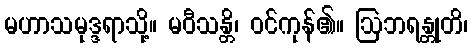
မဟာသမုဒ္ဒရာသို့။ မဝီသန္တိ၊ ဝင်ကုန်၏။ ဩဘရန္တုတိ၊